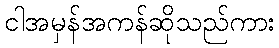
ငါအမှန်အကန်ဆိုသည်ကား